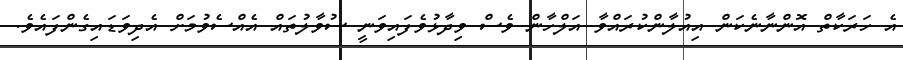
އެ ހަރަކާތް އޮންނާނެކަން އިއުލާންކުރައްވާ އަލްހާން ވެސް ވިދާޅުވެފައިވަނީ ސުވާލުތައް އެއްސެވުމަށް އެދިވަޑައިގެންފައެވެ.